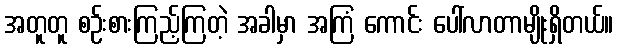
အတူတူ စဉ်းစားကြည့်ကြတဲ့ အခါမှာ အကြံ ကောင်း ပေါ်လာတာမျိုးရှိတယ်။